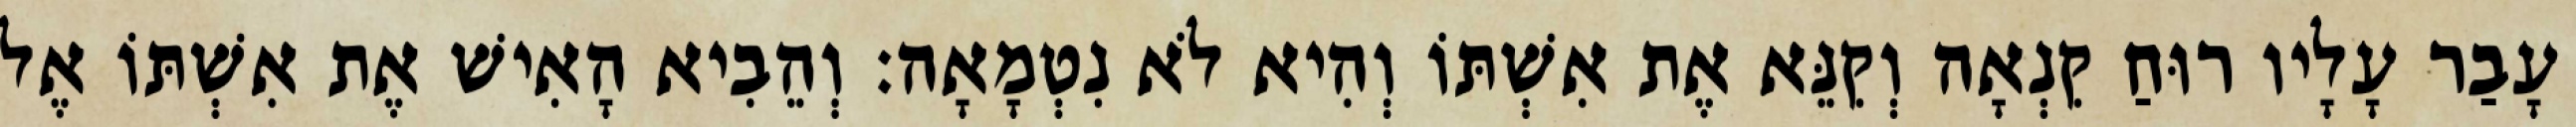
עָבַר עָלָיו רוּחַ קִנְאָה וְקִנֵּא אֶת אִשְׁתּוֹ וְהִיא לֹא נִטְמָאָה׃ וְהֵבִיא הָאִישׁ אֶת אִשְׁתּוֹ אֶל